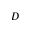
D